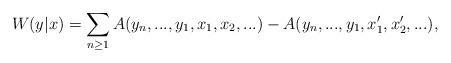
LaTeX: \begin{align*} W(y|x)=\sum_{n\geq 1}A(y_n,...,y_1,x_1,x_2,...)-A(y_n,...,y_1,x_1',x_2',...), \end{align*}